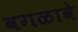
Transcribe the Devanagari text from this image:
वगळावे